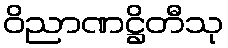
ဝိညာဏဋ္ဌိတီသု